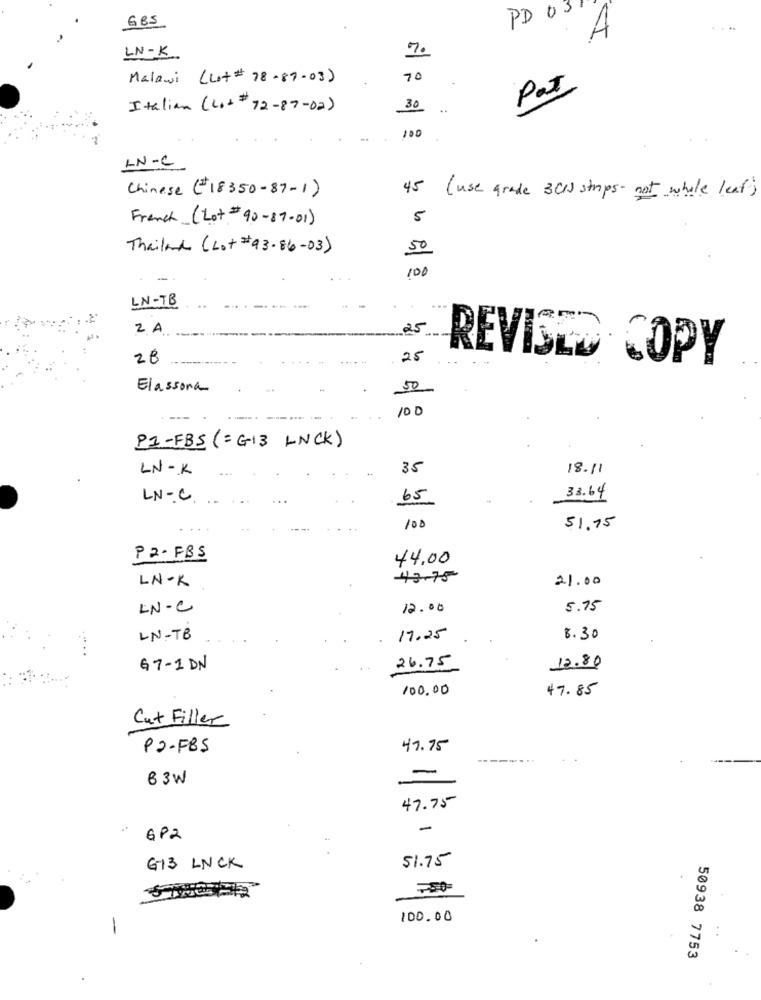
685
PD OST
A
LN-K
7.
Malawi (Let# 78-89-03)
70
Pat
Italian (L++ # 72-87-02)
30
100
LN-C
45
Chinese (#18350-87-1)
( use grade 3C1) strips- not whole leaf)
French_ (Lot # 90-07-01)
5
Thailand (Lot # 93-86- 03)
50
100
LN-TB
2 A
28
25
REVISED COPY
Elassona
50
100
P1-FBS (= G13 LNCK)
LN-K
35
18.11
LN- C ..
65
33.64
100
51.75
P2- FBS
44.00
LN-K
43-75
21.00
LN-C
12.00
5.75
LN-TB
17.25
8.30
G7-1 DN
26.75
12.80
100.00
47.85
Cut Filler
P2-FBS
41.75
-
83W
-
47.75
-
GP2
51.75
613 LNCK
100.00
50938 7753